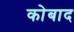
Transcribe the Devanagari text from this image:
कोबाद